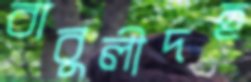
বাবুলীদহ